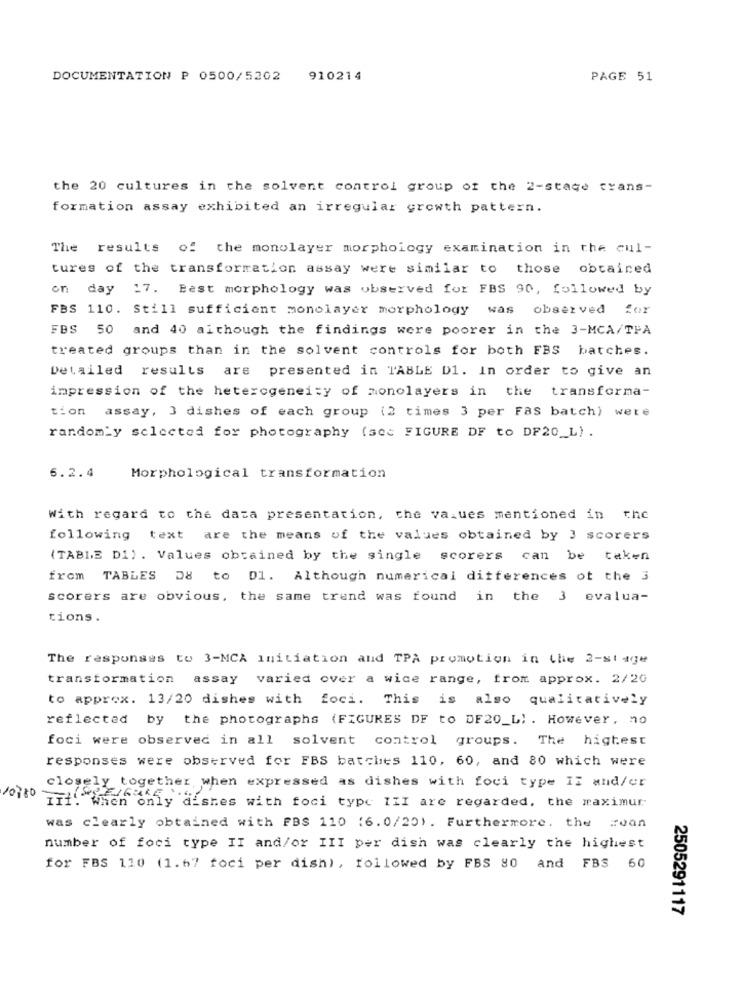
DOCUMENTATION P 0500/5202
910214
PAGE 51
the 20 cultures in the solvent control group of the 2-stage trans-
formation assay exhibited an irregular growth pattern.
The results of the monolayer morphology examination in the cul-
tures of the transformation assay were similar to those obtained
on day 17. Bast morphology was observed for FBS 90, followed by
FBS 110. Still sufficient monolayer morphology was observed for
FBS 50 and 40 although the findings were poorer in the 3-MCA/TPA
treated groups than in the solvent controls for both FBS batches.
Detailed results are presented in TABLE D1. In order to give an
impression of the heterogeneity of monolayers in the
transforma-
tion assay, 3 dishes of each group (2 times 3 per Fas batch) were
randomly selected for photography (sec FIGURE DF to DF20_L).
6.2.4
Morphological transformation
With regard to the data presentation, the values mentioned in the
following text are the means of the values obtained by 3 scorers
(TABLE Di). Values obtained by the single scorers can be taken
from TABLES D8 to Dl. Although numerical differences ot the 3
scorers are obvious, the same trend was found in the 3 evalua-
tions .
The responses to 3-MCA initiation and TPA promotion in the 2-stage
transformation assay varied over a wide range, from approx. 2/20
to approx. 13/20 dishes with foci. This is also qualitatively
reflected by the photographs (FIGURES DF to DF20_L) . However, no
foci were observed in all solvent control groups. The highest
responses were observed for FBS batches 110, 60, and 80 which were
closely together, when expressed as dishes with foci type IE and/or
10780
III. When only dishes with foci type III are regarded, the maximur
was clearly obtained with FBS 110 (6.0/20). Furthermore. the roan
number of foci type II and/or III per dish was clearly the highest
for FBS 110 (1.67 foci per dish), followed by FBS 80 and FBS 60
2505291117